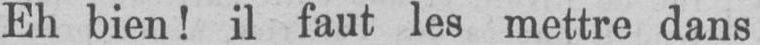
Eh bien! il faut les mettre dans